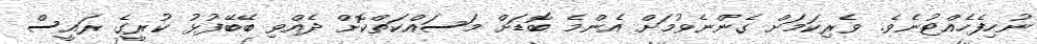
ނުހިފެހެއްޓުނެވެ. ވެރިކަމަށް ގެންނެވުމަށް އެންމެ ބޮޑަށް މަސައްކަތްކޮށް ދެއްވި ބޭބޭފުޅު ކުރީގެ ރައީސް